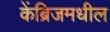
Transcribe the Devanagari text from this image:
केंब्रिजमधील